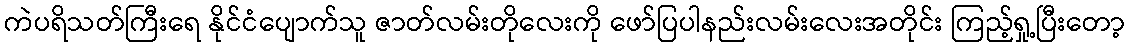
ကဲပရိသတ်ကြီးရေ နိုင်ငံပျောက်သူ ဇာတ်လမ်းတိုလေးကို ဖော်ပြပါနည်းလမ်းလေးအတိုင်း ကြည့်ရှု့ပြီးတော့